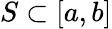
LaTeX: S\subset[a,b]